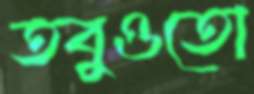
তবুওতো